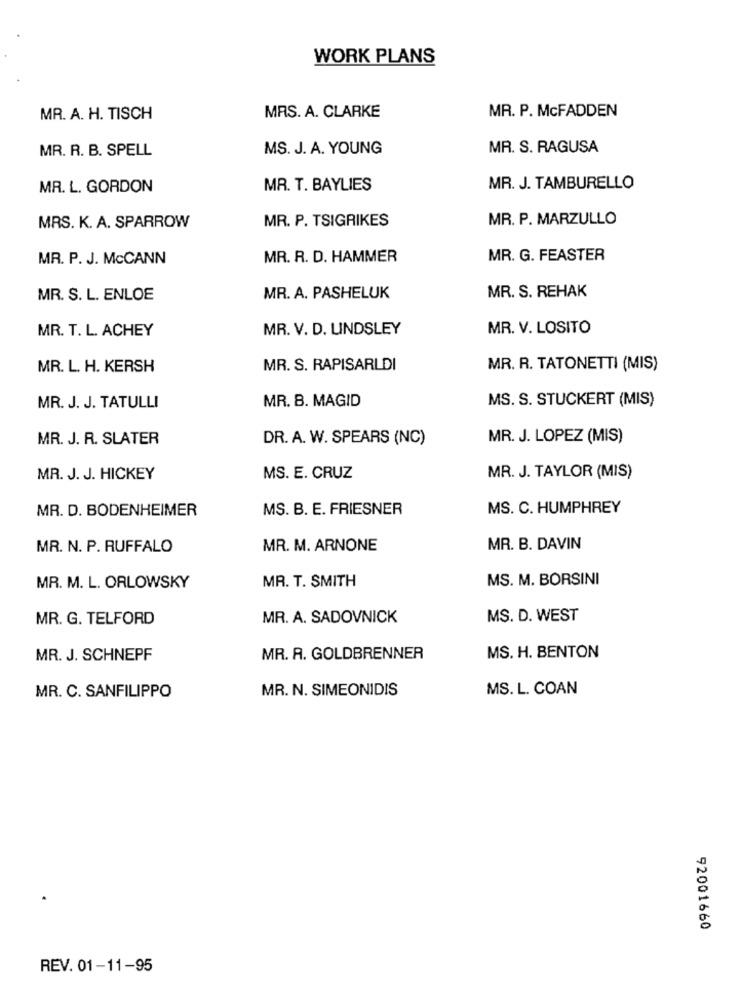
WORK PLANS
MR. P. McFADDEN
MR. A. H. TISCH
MRS. A. CLARKE
MR. R. B. SPELL
MS. J. A. YOUNG
MR. S. RAGUSA
MR. L. GORDON
MR. T. BAYLIES
MR. J. TAMBURELLO
MR. P. TSIGRIKES
MR. P. MARZULLO
MRS. K. A. SPARROW
MR. P. J. McCANN
MR. R. D. HAMMER
MR. G. FEASTER
MR. S. REHAK
MR. S. L. ENLOE
MR. A. PASHELUK
MR. T. L. ACHEY
MR. V. D. LINDSLEY
MR. V. LOSITO
MR. L. H. KERSH
MR. S. RAPISARLDI
MR. R. TATONETTI (MIS)
MR. B. MAGID
MS. S. STUCKERT (MIS)
MR. J. J. TATULLI
MR. J. R. SLATER
DR. A. W. SPEARS (NC)
MR. J. LOPEZ (MIS)
MR. J. J. HICKEY
MS. E. CRUZ
MR. J. TAYLOR (MIS)
MR. D. BODENHEIMER
MS. B. E. FRIESNER
MS. C. HUMPHREY
MR. N. P. RUFFALO
MR. M. ARNONE
MR. B. DAVIN
MR. T. SMITH
MS. M. BORSINI
MR. M. L. ORLOWSKY
MR. G. TELFORD
MR. A. SADOVNICK
MS. D. WEST
MR. J. SCHNEPF
MR. A. GOLDBRENNER
MS. H. BENTON
MR. C. SANFILIPPO
MR. N. SIMEONIDIS
MS. L. COAN
92001660
REV. 01-11-95